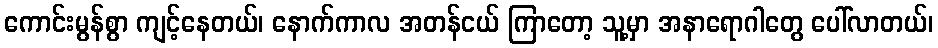
ကောင်းမွန်စွာ ကျင့်နေတယ်၊ နောက်ကာလ အတန်ငယ် ကြာတော့ သူ့မှာ အနာရောဂါတွေ ပေါ်လာတယ်၊